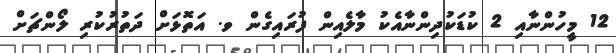
12 މީހުންނާއި 2 ކުޑަކުދިންނާއެކު މާލެއިން ފުރައިގެން ވ. އަތޮޅަށް ދަތުރުކުރި ލޯންޗަށް